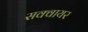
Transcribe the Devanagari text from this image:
सक्वायर